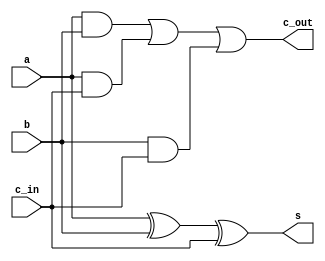
module fullAdder(
    input a, b, c_in,
    output s, c_out
);

    assign s = a ^ b ^ c_in;
    assign c_out = (a & b) | (a & c_in) | (b & c_in);

endmodule